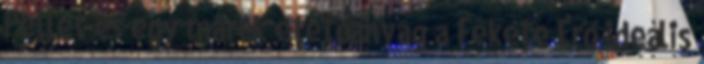
Pellet és egy marék etetőanyag a Fekete Erő ideális